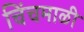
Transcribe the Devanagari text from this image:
चिंचमाळी